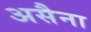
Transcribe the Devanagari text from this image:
असैना